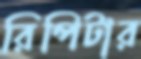
রিপিটার